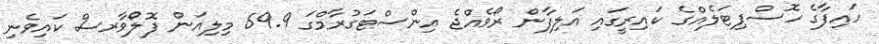
ހައިފާގެ ހޮސްޕިޓަލެއްގެ ކައިރީގައި އަލިފާން ރޯވެއްޖެ އިންސްޓަގުރާމްގަ 69.9 މިލިއަން ފޮލޯވާރސް ކައިވެނި